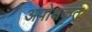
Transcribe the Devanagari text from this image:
अपोक्षकृत